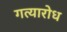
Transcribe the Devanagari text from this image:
गत्यारोध